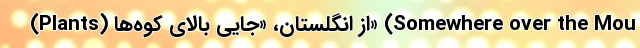
(Plants) از انگلستان، «جایی بالای کوه‌ها» (Somewhere over the Mou